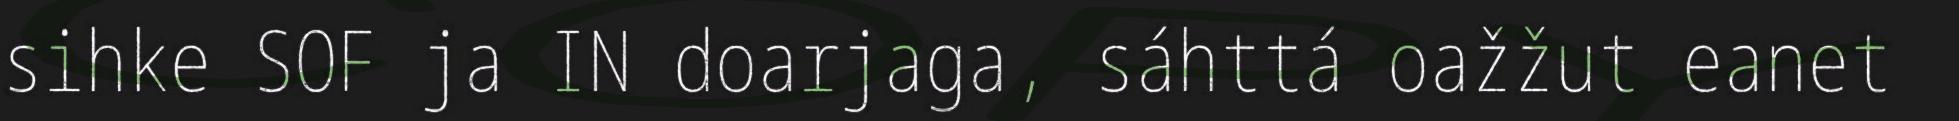
sihke SOF ja IN doarjaga, sáhttá oažžut eanet